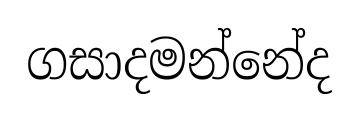
ගසාදමන්නේද